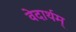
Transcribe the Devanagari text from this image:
वेदार्थम्